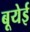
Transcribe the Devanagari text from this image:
बूयेई